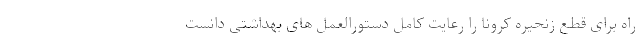
راه برای قطع زنحیره کرونا را رعایت کامل دستورالعمل های بهداشتی دانست